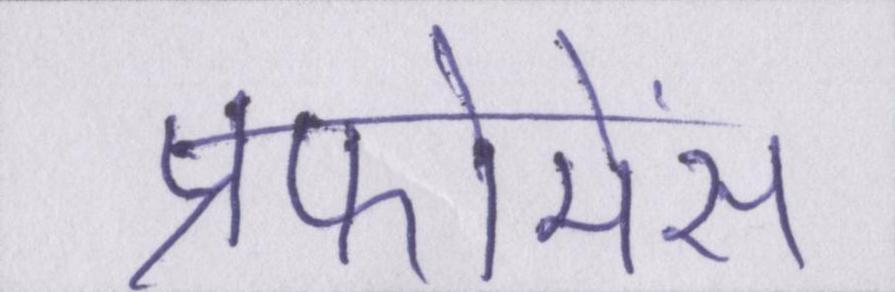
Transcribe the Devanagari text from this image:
प्रफोमेंस